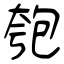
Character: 匏